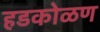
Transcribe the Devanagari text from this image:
हडकोळण